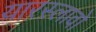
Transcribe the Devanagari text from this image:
यारस्लावो